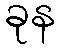
ခုန